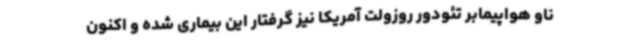
ناو هواپیمابر تئودور روزولت آمریکا نیز گرفتار این بیماری شده و اکنون